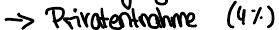
-> Privatentnahme (4%)